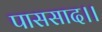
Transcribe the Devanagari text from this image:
पाससाद।।